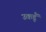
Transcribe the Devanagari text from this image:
उकडूँ